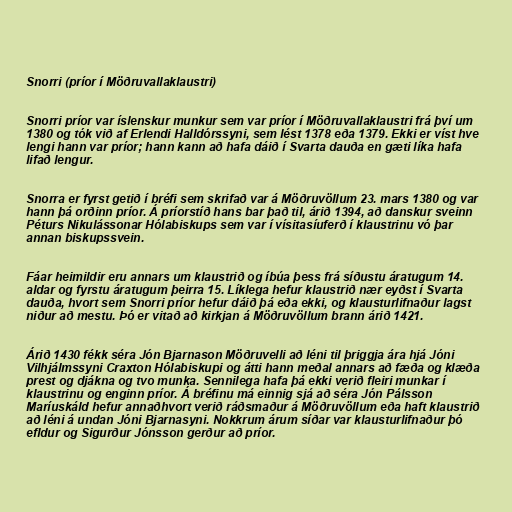
Snorri (príor í Möðruvallaklaustri)

Snorri príor var íslenskur munkur sem var príor í Möðruvallaklaustri frá því um
1380 og tók við af Erlendi Halldórssyni, sem lést 1378 eða 1379. Ekki er víst hve
lengi hann var príor; hann kann að hafa dáið í Svarta dauða en gæti líka hafa
lifað lengur.

Snorra er fyrst getið í bréfi sem skrifað var á Möðruvöllum 23. mars 1380 og var
hann þá orðinn príor. Á príorstíð hans bar það til, árið 1394, að danskur sveinn
Péturs Nikulássonar Hólabiskups sem var í vísitasíuferð í klaustrinu vó þar
annan biskupssvein.

Fáar heimildir eru annars um klaustrið og íbúa þess frá síðustu áratugum 14.
aldar og fyrstu áratugum þeirra 15. Líklega hefur klaustrið nær eyðst í Svarta
dauða, hvort sem Snorri príor hefur dáið þá eða ekki, og klausturlifnaður lagst
niður að mestu. Þó er vitað að kirkjan á Möðruvöllum brann árið 1421.

Árið 1430 fékk séra Jón Bjarnason Möðruvelli að léni til þriggja ára hjá Jóni
Vilhjálmssyni Craxton Hólabiskupi og átti hann meðal annars að fæða og klæða
prest og djákna og tvo munka. Sennilega hafa þá ekki verið fleiri munkar í
klaustrinu og enginn príor. Á bréfinu má einnig sjá að séra Jón Pálsson
Maríuskáld hefur annaðhvort verið ráðsmaður á Möðruvöllum eða haft klaustrið
að léni á undan Jóni Bjarnasyni. Nokkrum árum síðar var klausturlifnaður þó
efldur og Sigurður Jónsson gerður að príor.